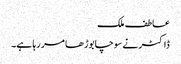
عاطف ملک
ڈاکٹر نے سوچا بوڑھا مر رہا ہے۔